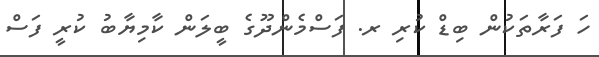
ހަ ފަރާތަކުން ބިޑް ކުރި ރ. ފަސްމެންދޫގެ ބީލަން ކާމިޔާބު ކުރީ ފަސް